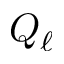
Q _ { \ell }